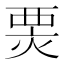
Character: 𤊆